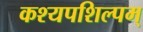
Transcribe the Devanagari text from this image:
कश्यपशिल्पम्